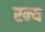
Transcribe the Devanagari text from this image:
रम्‍य